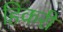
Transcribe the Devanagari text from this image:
हिकरी